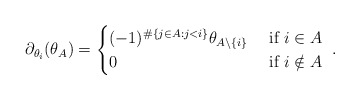
\begin{align*}\partial_{\theta_i}( \theta_A ) = \begin{cases}(-1)^{\#\{ j \in A: j<i\}}\theta_{A \backslash \{i\}}&\hbox{ if }i \in A\\0&\hbox{ if }i \notin A\end{cases}~.\end{align*}